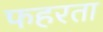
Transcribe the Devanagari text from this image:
फहरता